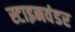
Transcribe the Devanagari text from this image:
स्टाइनवंडर